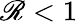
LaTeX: \mathscr{R}<1